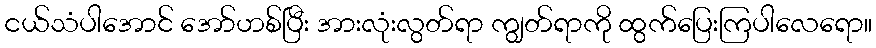
ငယ်သံပါအောင် အော်ဟစ်ပြီး အားလုံးလွတ်ရာ ကျွတ်ရာကို ထွက်ပြေးကြပါလေရော။